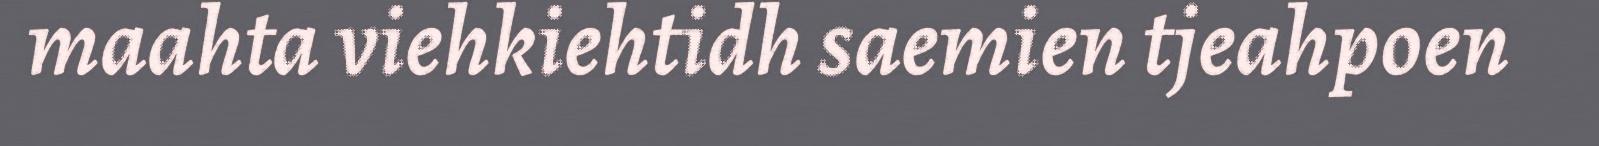
maahta viehkiehtidh saemien tjeahpoen